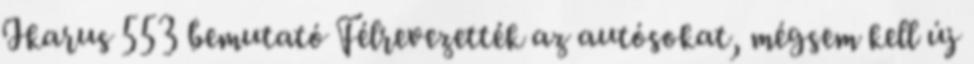
Ikarus 553 bemutató Félrevezették az autósokat, mégsem kell új